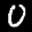
Label: 0